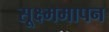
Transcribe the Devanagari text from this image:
सूक्ष्ममापन